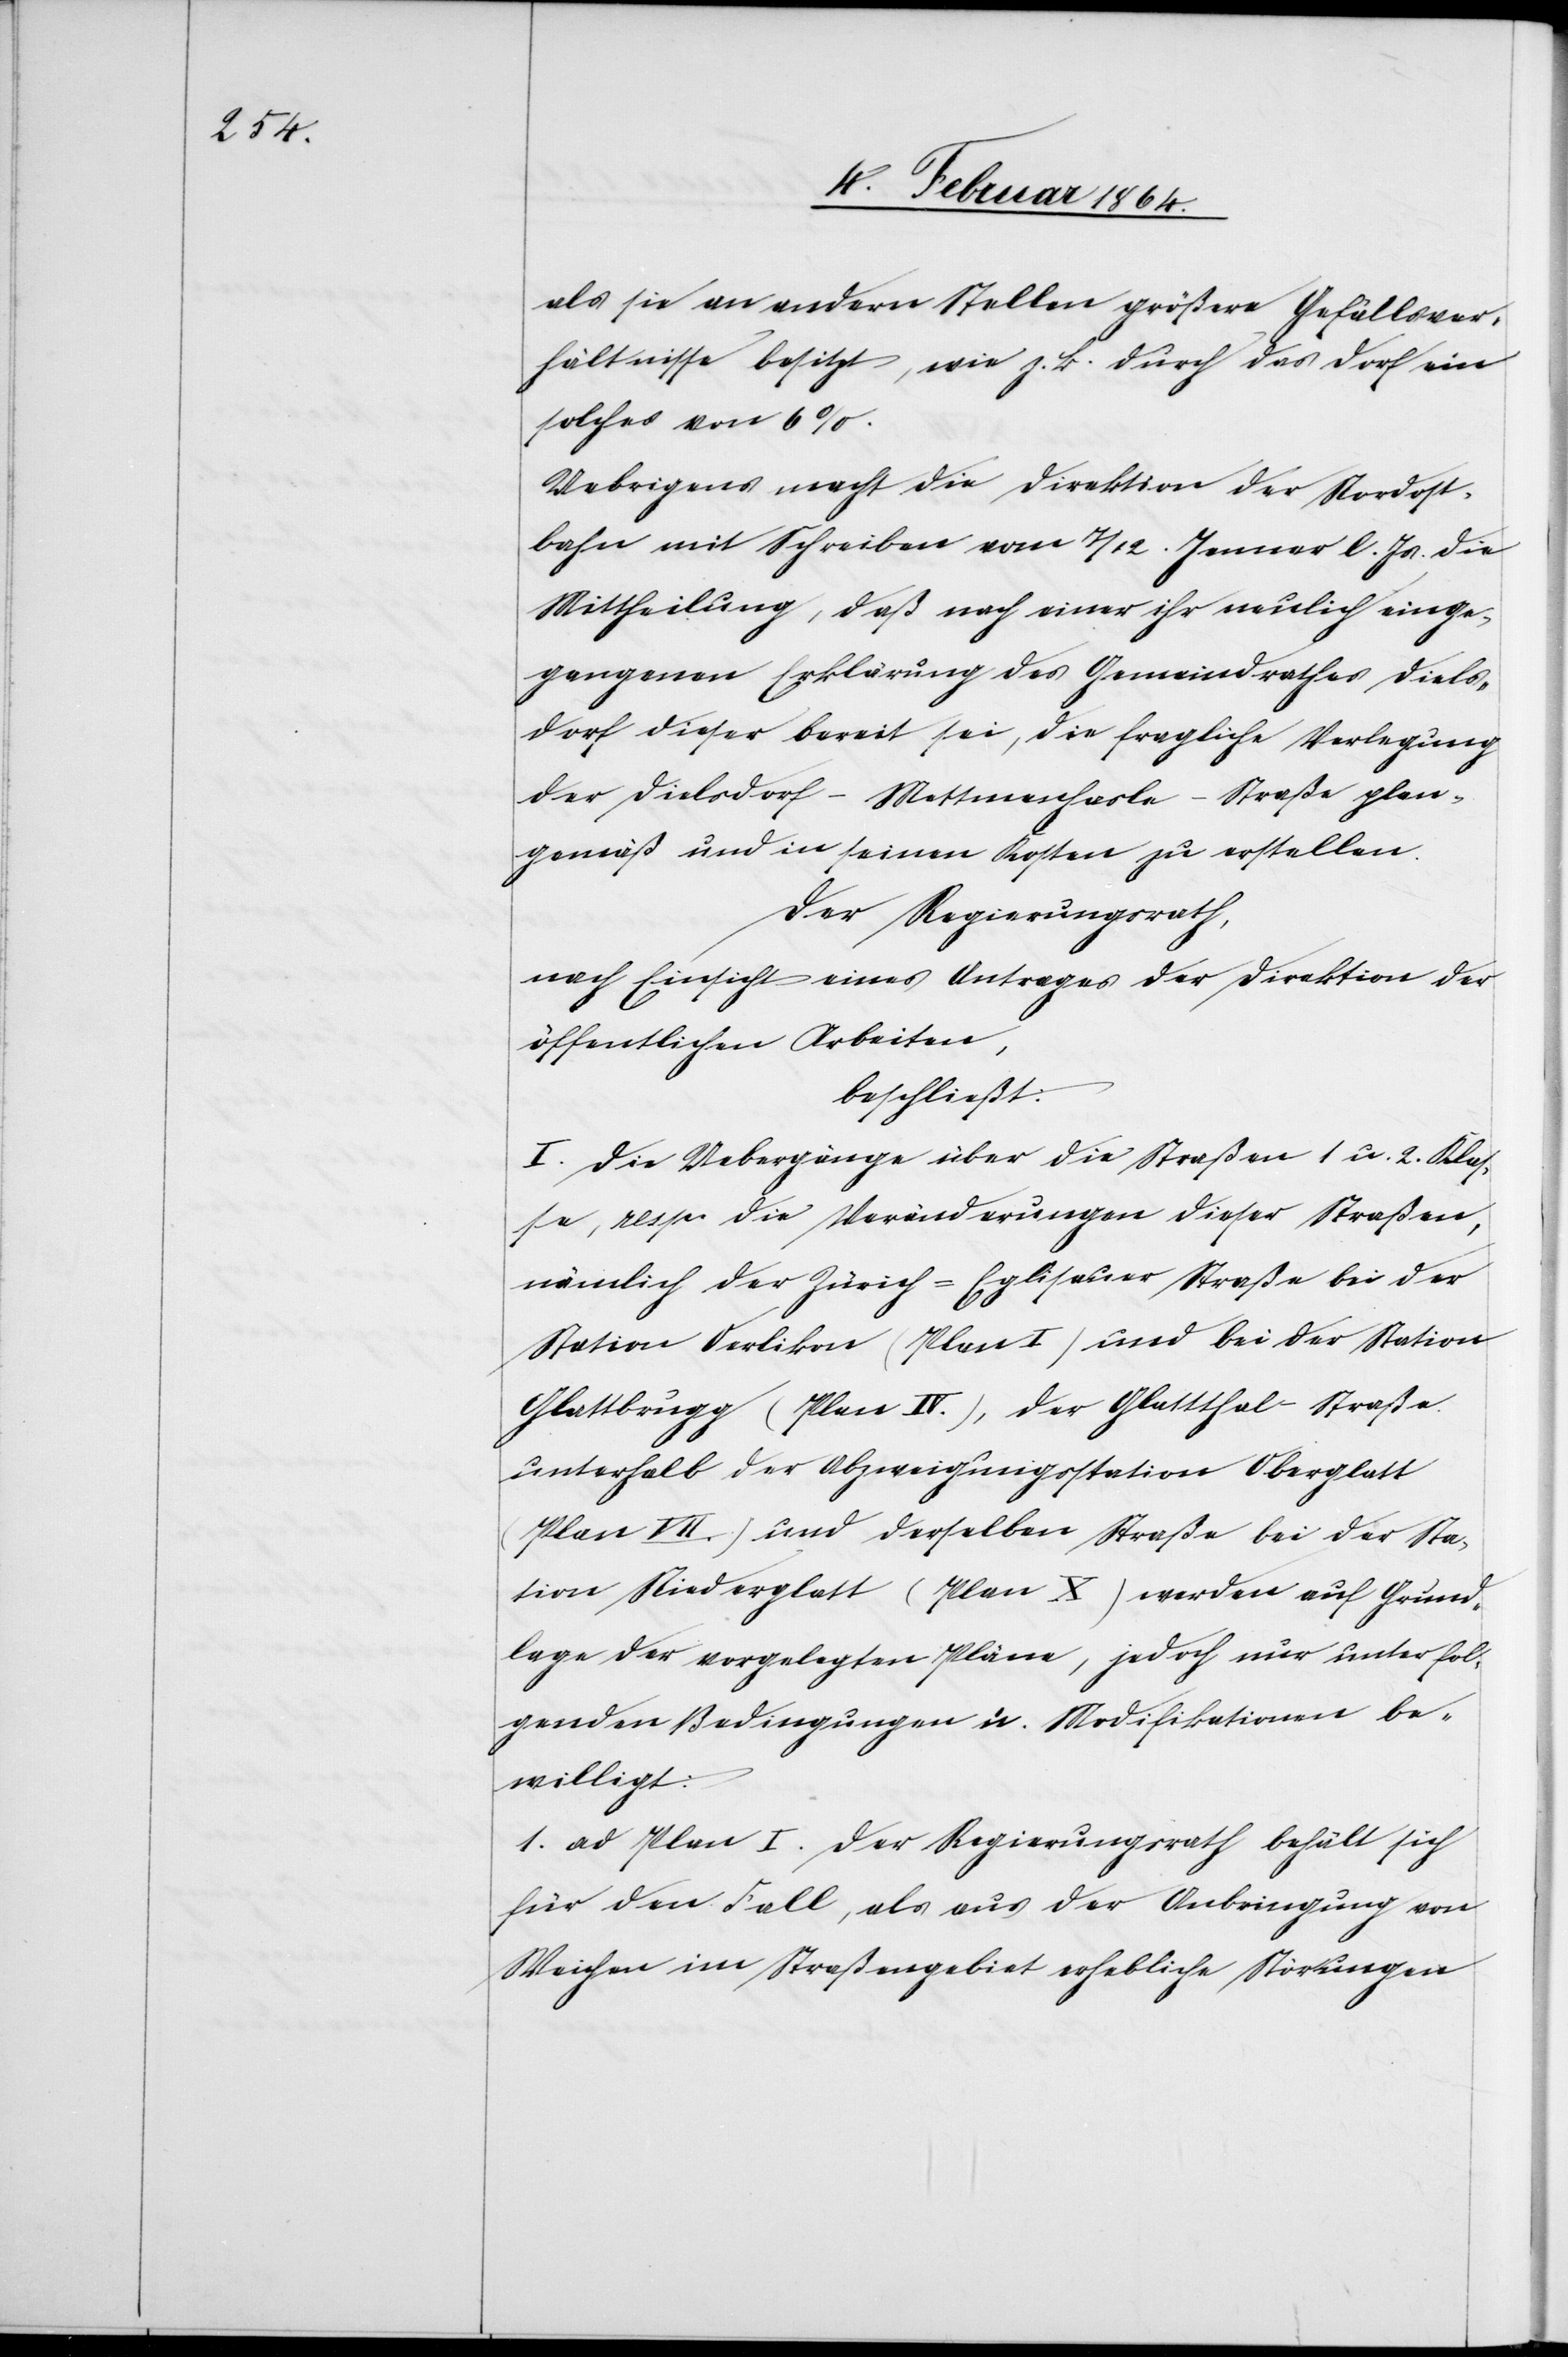
als sie an andern Stellen größere Gefällsver¬
hältnisse besitzt, wie z. B. durch das Dorf ein
solches von 6%.
Uebrigens macht die Direktion der Nordost¬
bahn mit Schreiben vom 7/12. Januar l. Js. die
Mittheilung, daß nach einer ihr neulich einge¬
gangenen Erklärung des Gemeindrathes Diels¬
dorf dieser bereit sei, die fragliche Verlegung
der Dielsdorf-Mettmenhasle-Straße plan¬
gemäß und in seinen Kosten zu erstellen.
Der Regierungsrath,
nach Einsicht eines Antrages der Direktion der
öffentlichen Arbeiten,
beschließt:
I. Die Uebergänge über die Straßen 1 u. 2. Klas¬
se, resp. die Veränderungen dieser Straßen,
nämlich der Zürich-Eglisauer Straße bei der
Station Oerlikon (Plan I) und bei der Station
Glattbrugg (Plan IV.), der Glattthal-Straße
unterhalb der Abzweigungsstation Oberglatt
(Plan VII.) und derselben Straße bei der Sta¬
tion Niederglatt (Plan X) werden auf Grund¬
lage der vorgelegten Pläne, jedoch nur unter fol¬
genden Bedingungen u. Modifikationen be¬
willigt:
1. ad Plan I. Der Regierungsrath behält sich
für den Fall, als aus der Anbringung von
Weichen im Straßengebiet erhebliche Störungen